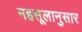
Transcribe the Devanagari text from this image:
महसूलानुसार